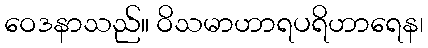
ဝေဒနာသည်။ ဝိသမာဟာရပရိဟာရေန၊